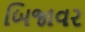
બિજાવર